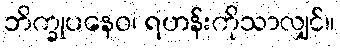
ဘိက္ခုပနေဝ၊ ရဟန်းကိုသာလျှင်။